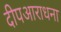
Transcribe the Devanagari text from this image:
दीपआराधना